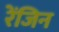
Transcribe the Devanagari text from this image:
रेंजिन